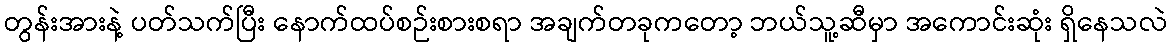
တွန်းအားနဲ့ ပတ်သက်ပြီး နောက်ထပ်စဉ်းစားစရာ အချက်တခုကတော့ ဘယ်သူ့ဆီမှာ အကောင်းဆုံး ရှိနေသလဲ